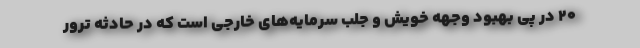
۲۰ در پی بهبود وجهه خویش و جلب سرمایه‌های خارجی است که در حادثه ترور